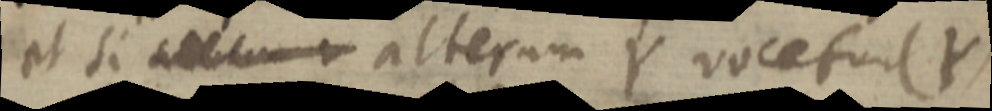
et si _ alterum Y vocetur (Y)